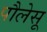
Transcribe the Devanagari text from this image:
पौलेसू